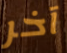
آخر